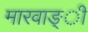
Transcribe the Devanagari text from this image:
मारवाङ्ी